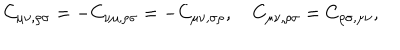
C _ { \mu \nu , \rho \sigma } = - C _ { \nu \mu , \rho \sigma } = - C _ { \mu \nu , \sigma \rho } , \quad C _ { \mu \nu , \rho \sigma } = C _ { \rho \sigma , \mu \nu } ,